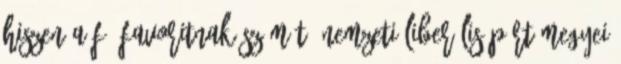
hiszen a fő favoritnak számító Nemzeti Liberális Párt megyei